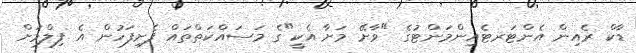
ޑާކް ރެއިން އެންޓަރޓެއިންމަންޓުގެ "ވާށޭ މަށާ އެކީ"ގެ މަސައްކަތްތައް ފެށިފަހުން އެ ފިލްމަށް